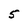
Character: 5